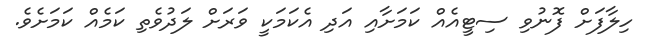
ހިލާފަށް ފޮނުވި ސިޓީއެއް ކަމަށާއި އަދި އެކަމަކީ ވަރަށް ލަދުވެތި ކަމެއް ކަމަށެވެ.